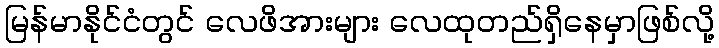
မြန်မာနိုင်ငံတွင် လေဖိအားများ လေထုတည်ရှိနေမှာဖြစ်လို့